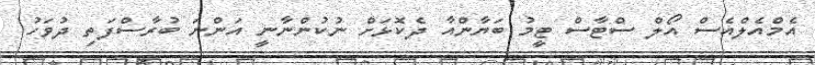
އެމްއެލްއެސް އޯލް ސްޓާސް ޓީމު ބަޔާންއާ ދެކޮޅަށް ނުކުންނާނީ އަންނަ ބުރާސްފަތި ދުވަހު